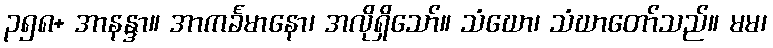
၃၅၈+ အာနန္ဒာ။ အာကင်္ခမာနော၊ အလိုရှိသော်။ သံဃော၊ သံဃာတော်သည်။ မမ၊